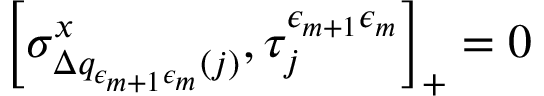
\left[ \sigma _ { \Delta q _ { \epsilon _ { m + 1 } \epsilon _ { m } } ( j ) } ^ { x } , \tau _ { j } ^ { \epsilon _ { m + 1 } \epsilon _ { m } } \right] _ { + } = 0